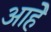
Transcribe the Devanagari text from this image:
आहेे